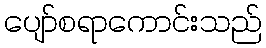
ပျော်စရာကောင်းသည်